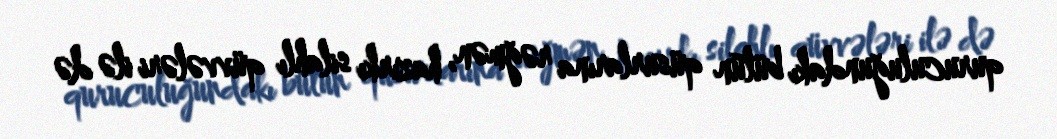
quruculuğundakı bütün qüsurlarına rəğmən, hazırkı silahlı qüvvələri ilə də